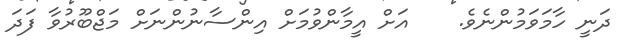
ދަނީ ހާމަވަމުންނެވެ.    އަށް އީމާންވުމަށް އިންސާނުންނަށް މަޖްބޫރުވާ ފަދަ